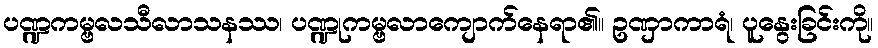
ပဏ္ဍကမ္ဗလသီလာသနဿ၊ ပဏ္ဍုကမ္ဗလာကျောက်နေရာ၏။ ဥဏှာကာရံ၊ ပူနွေးခြင်းကို။